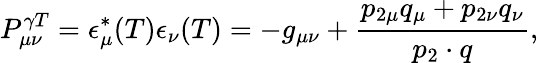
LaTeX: P_{\mu\nu}^{\gamma T}=\epsilon_{\mu}^{*}(T)\epsilon_{\nu}(T)=-g_{\mu\nu}+\frac{p_{2\mu}q_{\mu}+p_{2\nu}q_{\nu}}{p_{2}\cdot q},